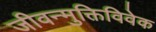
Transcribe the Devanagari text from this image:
जीवन्मुक्तिविवेक